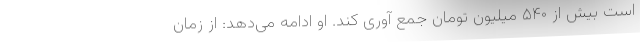
است بیش از ۵۴۰ میلیون تومان جمع آوری کند. او ادامه می‌دهد: از زمان